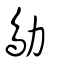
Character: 鳨